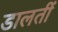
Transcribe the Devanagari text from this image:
डालतीं